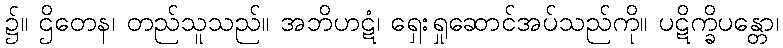
၌။ ဌိတေန၊ တည်သူသည်။ အဘိဟဋံ၊ ရှေးရှုဆောင်အပ်သည်ကို။ ပဋိက္ခိပန္တော၊